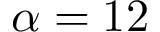
\alpha = 1 2